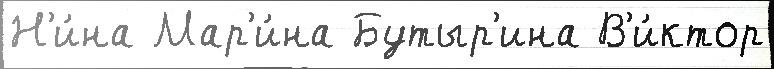
Н'и́на Мар'и́на Бутыр'ина В'и́ктор